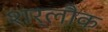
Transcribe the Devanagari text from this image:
शर्लौक